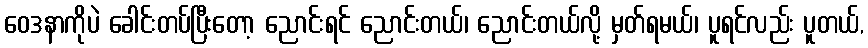
ဝေဒနာကိုပဲ ခေါင်းတပ်ပြီးတော့ ညောင်းရင် ညောင်းတယ်၊ ညောင်းတယ်လို့ မှတ်ရမယ်၊ ပူရင်လည်း ပူတယ်,